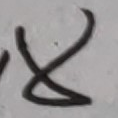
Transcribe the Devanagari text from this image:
८